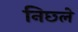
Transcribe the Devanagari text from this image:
निछ्ले